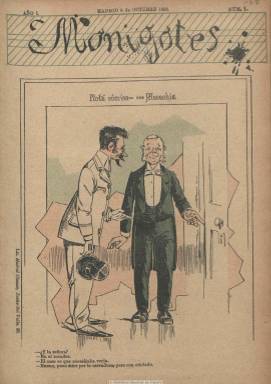
Título: Monigotes (Madrid)
Colección: Revistas satíricas y humorísticas
Ámbito geográfico: Madrid
Lugar de publicación: Madrid
Fechas: 06/10/1892-10/12/1892

Semanario festivo, profusamente ilustrado con dibujos, caricaturas e historietas, muchas de ellas a dos colores, así como algunos retratos de personajes populares de la época. En ella se dan cita destacados dibujantes cómicos y humorísticos como Mecachis (Eduardo Sáenz Hermúa), Melitón González (Pablo Parellada), Sileno (Pedro Antonio Villahermosa) y Ramón Cilla, entre otros. Publica también algunos textos del escritor festivo Luis Royo Villanueva. Sus viñetas y dibujos se refieren a la actualidad política, pero la mayor parte de sus viñetas están dedicadas a la crítica social y de costumbres con especial énfasis en los asuntos picantes y atrevidos, así como a los espectáculos teatrales. Cada número, de 16 páginas, inserta también jeroglíficos, charadas, acertijos y anuncios comerciales, al final. Fue impresa en la Litografía de Madrid Cómico. En mayo de 1908 reaparece este mismo título, que podría ser su segunda época.